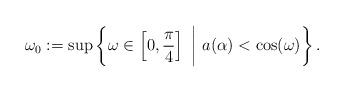
LaTeX: \begin{align*} \omega_0 := \sup \left\{ \omega \in \left[0, \frac{\pi}{4}\right] \ \bigg | \ a(\alpha) < \cos(\omega) \right\}. \end{align*}